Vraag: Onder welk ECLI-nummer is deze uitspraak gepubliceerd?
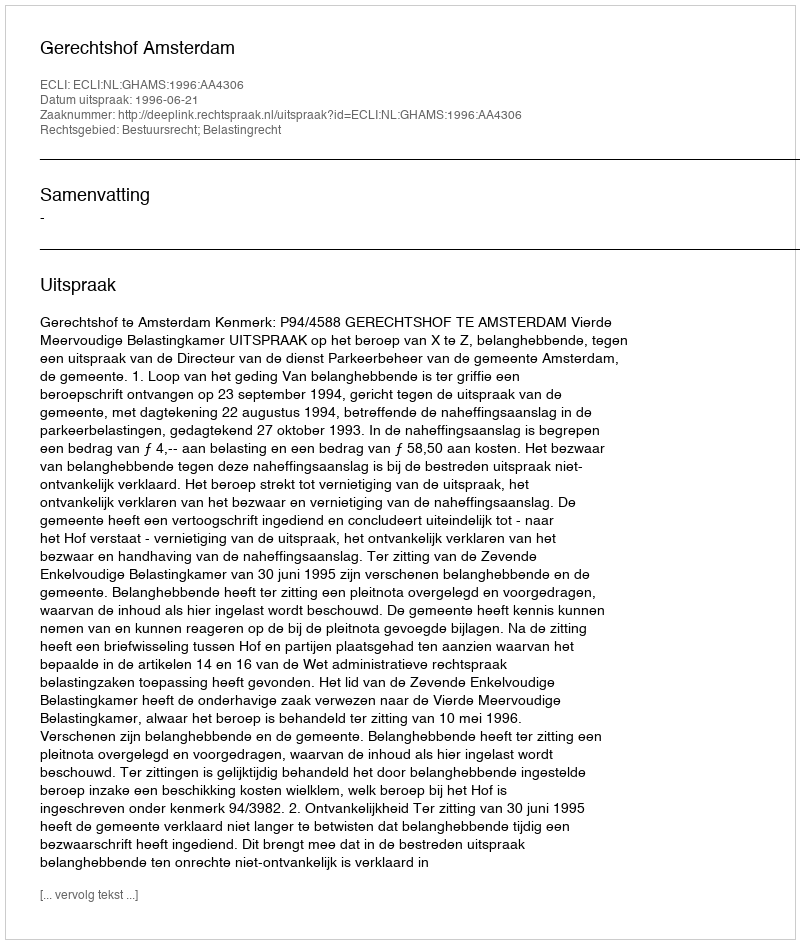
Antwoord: ECLI:NL:GHAMS:1996:AA4306